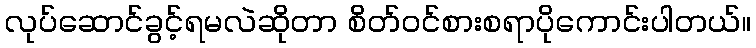
လုပ်ဆောင်ခွင့်ရမလဲဆိုတာ စိတ်ဝင်စားစရာပိုကောင်းပါတယ်။